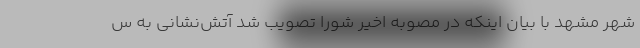
شهر مشهد با بیان اینکه در مصوبه اخیر شورا تصویب شد آتش‌نشانی به س